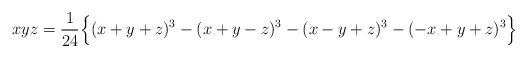
LaTeX: \begin{align*} xyz = \frac{1}{24} \Big\{ (x+y+z)^3 - (x+y-z)^3 - (x-y+z)^3 - (-x+y+z)^3 \Big\}\end{align*}